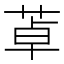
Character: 䓬